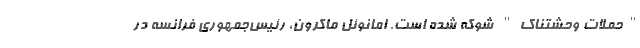
"حملات وحشتناک" شوکه شده است. امانوئل ماکرون، رئیس‌جمهوری فرانسه در